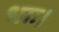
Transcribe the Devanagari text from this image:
धाः।